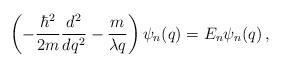
LaTeX: \begin{align*}\left ( - \frac{ \hbar^2}{ 2 m } \frac{d^2}{ dq^2} -\frac{m}{ \lambda q} \right ) \psi_n ( q ) = E_n \psi_n ( q ) \, ,\end{align*}